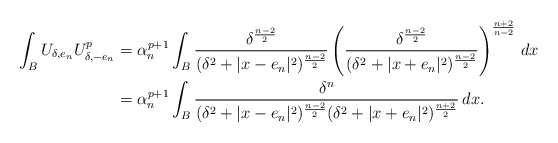
\begin{align*} \int_{B} U_{\delta,e_n}U_{\delta,-e_n}^p& = \alpha_n^{p+1}\int_{B} \frac{\delta^{\frac{n-2}{2}}}{(\delta^2+|x-e_n|^2)^{\frac{n-2}{2}}} \left(\frac{\delta^{\frac{n-2}{2}}}{(\delta^2+|x+e_n|^2)^{\frac{n-2}{2}}}\right)^\frac{n+2}{n-2}\, dx\\&= \alpha_n^{p+1}\int_{B} \frac{\delta^{n}}{(\delta^2+|x-e_n|^2)^{\frac{n-2}{2}}(\delta^2+|x+e_n|^2)^{\frac{n+2}{2}}}\, dx.\end{align*}